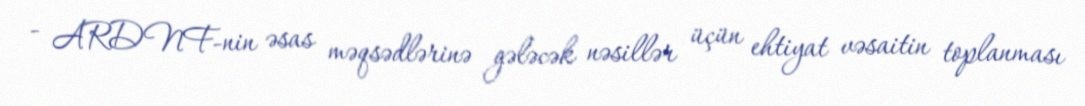
- ARDNF-nin əsas məqsədlərinə gələcək nəsillər üçün ehtiyat vəsaitin toplanması